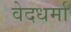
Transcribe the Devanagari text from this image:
वेदधर्मा